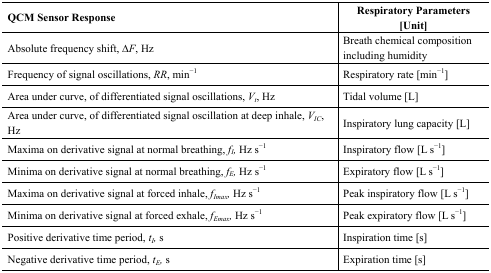
<table><thead><tr><td><b>QCM Sensor Response</b></td><td><b>Respiratory Parameters [Unit]</b></td></tr></thead><tbody><tr><td>Absolute frequency shift, Δ<i>F</i>, Hz</td><td>Breath chemical composition including humidity</td></tr><tr><td>Frequency of signal oscillations, <i>RR</i>, min<sup>−1</sup></td><td>Respiratory rate [min<sup>−1</sup>]</td></tr><tr><td>Area under curve, of differentiated signal oscillations, <i>V<sub>t</sub></i>, Hz</td><td>Tidal volume [L]</td></tr><tr><td>Area under curve, of differentiated signal oscillation at deep inhale, <i>V<sub>IC</sub></i>, Hz</td><td>Inspiratory lung capacity [L]</td></tr><tr><td>Maxima on derivative signal at normal breathing, <i>f<sub>I</sub></i>, Hz s<sup>−1</sup></td><td>Inspiratory flow [L s<sup>−1</sup>]</td></tr><tr><td>Minima on derivative signal at normal breathing, <i>f<sub>E</sub></i>, Hz s<sup>−1</sup></td><td>Expiratory flow [L s<sup>−1</sup>]</td></tr><tr><td>Maxima on derivative signal at forced inhale, <i>f<sub>Imax</sub></i>, Hz s<sup>−1</sup></td><td>Peak inspiratory flow [L s<sup>−1</sup>]</td></tr><tr><td>Minima on derivative signal at forced exhale, <i>f<sub>Emax</sub></i>, Hz s<sup>−1</sup></td><td>Peak expiratory flow [L s<sup>−1</sup>]</td></tr><tr><td>Positive derivative time period, <i>t<sub>I</sub></i>, s</td><td>Inspiration time [s]</td></tr><tr><td>Negative derivative time period, <i>t<sub>E</sub></i>, s</td><td>Expiration time [s]</td></tr></tbody></table>